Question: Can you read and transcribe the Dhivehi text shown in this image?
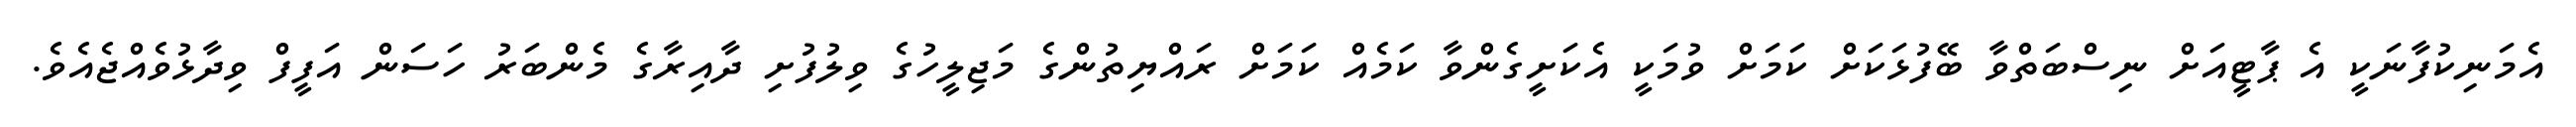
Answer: އެމަނިކުފާނަކީ އެ ޕާޓީއަށް ނިސްބަތްވާ ބޭފުޅަކަށް ކަމަށް ވުމަކީ އެކަށީގެންވާ ކަމެއް ކަމަށް ރައްޔިތުންގެ މަޖިލީހުގެ ވިލުފުށި ދާއިރާގެ މެންބަރު ހަސަން އަފީފް ވިދާޅުވެއްޖެއެވެ.